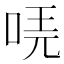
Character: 𠳟